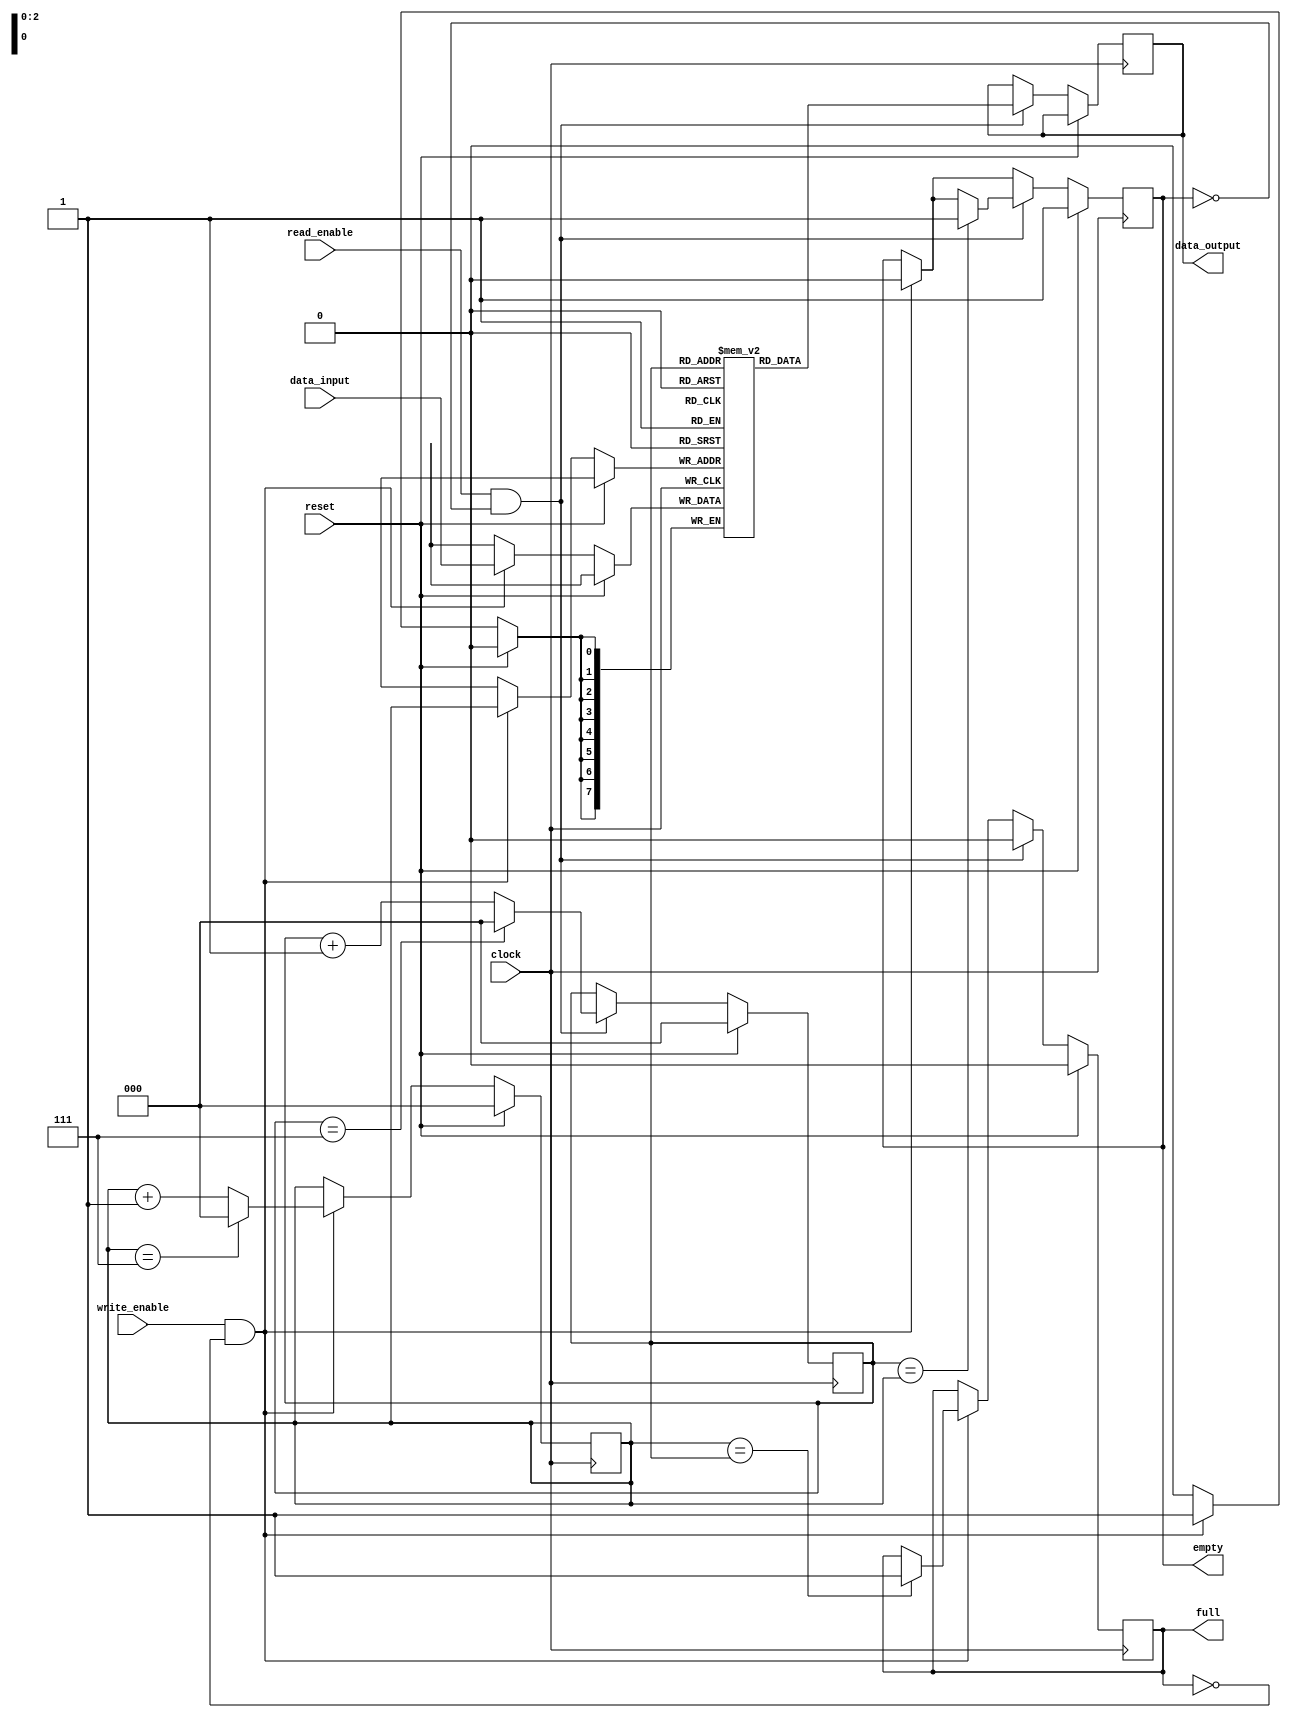
module fifo_buffer (
   input wire clock,
   input wire reset,
   input wire write_enable,
   input wire read_enable,
   input wire [7:0] data_input,
   output reg [7:0] data_output,
   output reg full,
   output reg empty
);

parameter BUFFER_SIZE = 8;
reg [7:0] buffer [0:BUFFER_SIZE-1];
reg [2:0] read_pointer = 0;
reg [2:0] write_pointer = 0;

always @(posedge clock) begin
   if (reset) begin
      read_pointer <= 0;
      write_pointer <= 0;
      full <= 0;
      empty <= 1;
   end else begin
      if (write_enable && !full) begin
         buffer[write_pointer] <= data_input;
         write_pointer <= write_pointer + 1;
         if (write_pointer == BUFFER_SIZE-1) begin
            write_pointer <= 0;
         end
         if (write_pointer == read_pointer) begin
            full <= 1;
         end
         empty <= 0;
      end
      
      if (read_enable && !empty) begin
         data_output <= buffer[read_pointer];
         read_pointer <= read_pointer + 1;
         if (read_pointer == BUFFER_SIZE-1) begin
            read_pointer <= 0;
         end
         if (read_pointer == write_pointer) begin
            empty <= 1;
         end
         full <= 0;
      end
   end
end

endmodule